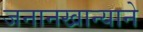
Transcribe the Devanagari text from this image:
जनानखान्याने